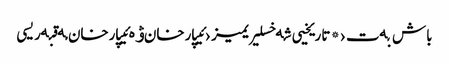
باش بەت › * تاریخیی شەخسلیریمیز › ئیپارخان ۋە ئیپارخان مەقبەریسی